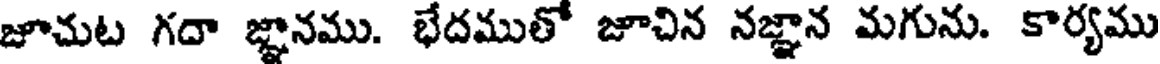
జూచుట గదా జ్ఞానము. భేదముతో జూచిన నజ్ఞాన మగును. కార్యము